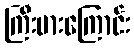
ကြီးမားကြောင်း